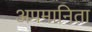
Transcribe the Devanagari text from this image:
अपमानिता